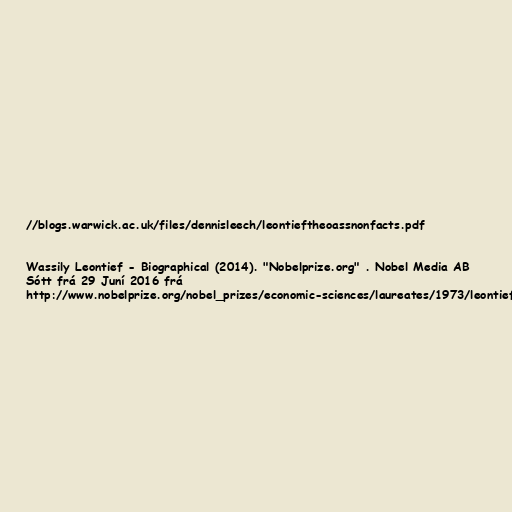
//blogs.warwick.ac.uk/files/dennisleech/leontieftheoassnonfacts.pdf

Wassily Leontief - Biographical (2014). "Nobelprize.org" . Nobel Media AB
Sótt frá 29 Juní 2016 frá
http://www.nobelprize.org/nobel_prizes/economic-sciences/laureates/1973/leontief-bio.html